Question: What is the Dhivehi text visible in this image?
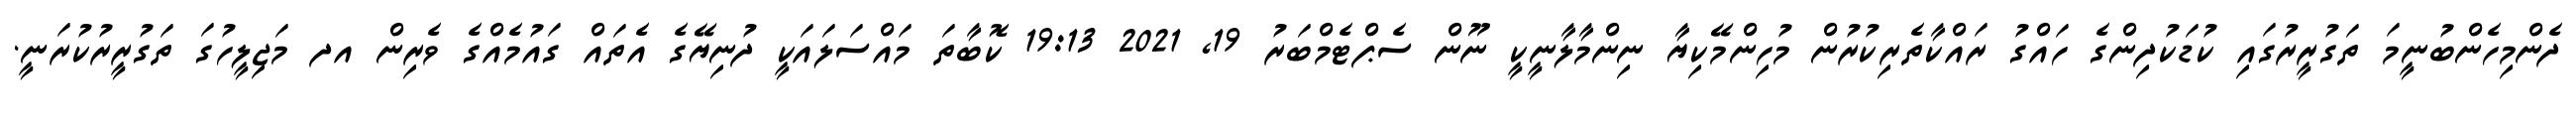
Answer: ދެންމިހެންބުނީމަ ތަގުރީރުގައި ކުޑަކުދިންގެ ހައްގު ރައްކާތެރިކުރުން މުހިންމޭކިޔާ ނިންމާލާނީކީ ނޫން ސެޕްޓެމްބަރު 19, 2021 19:13 ކޮބާތަ މައްސަލައަކީ ދުނިޔޭގެ އެތައް ގައުމެއްގެ ވެރިން އދ މަޖިލީހުގަ ތަގުރީރުކުރަނީ.